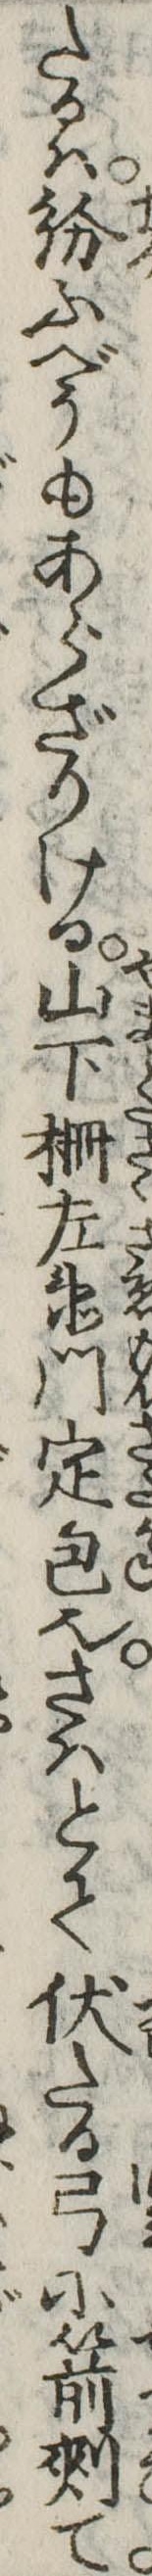
たるは紛ふべうもあらざりける山下柵左衛門定包也さはとて伏たる弓に箭て